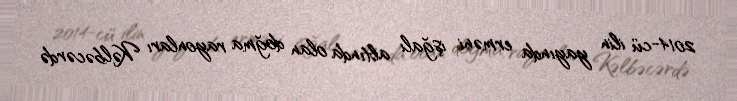
2014-cü ilin yayında erməni işğalı altında olan doğma rayonları Kəlbəcərdə